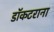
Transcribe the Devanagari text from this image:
डॉकटराना